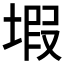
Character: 𱗙